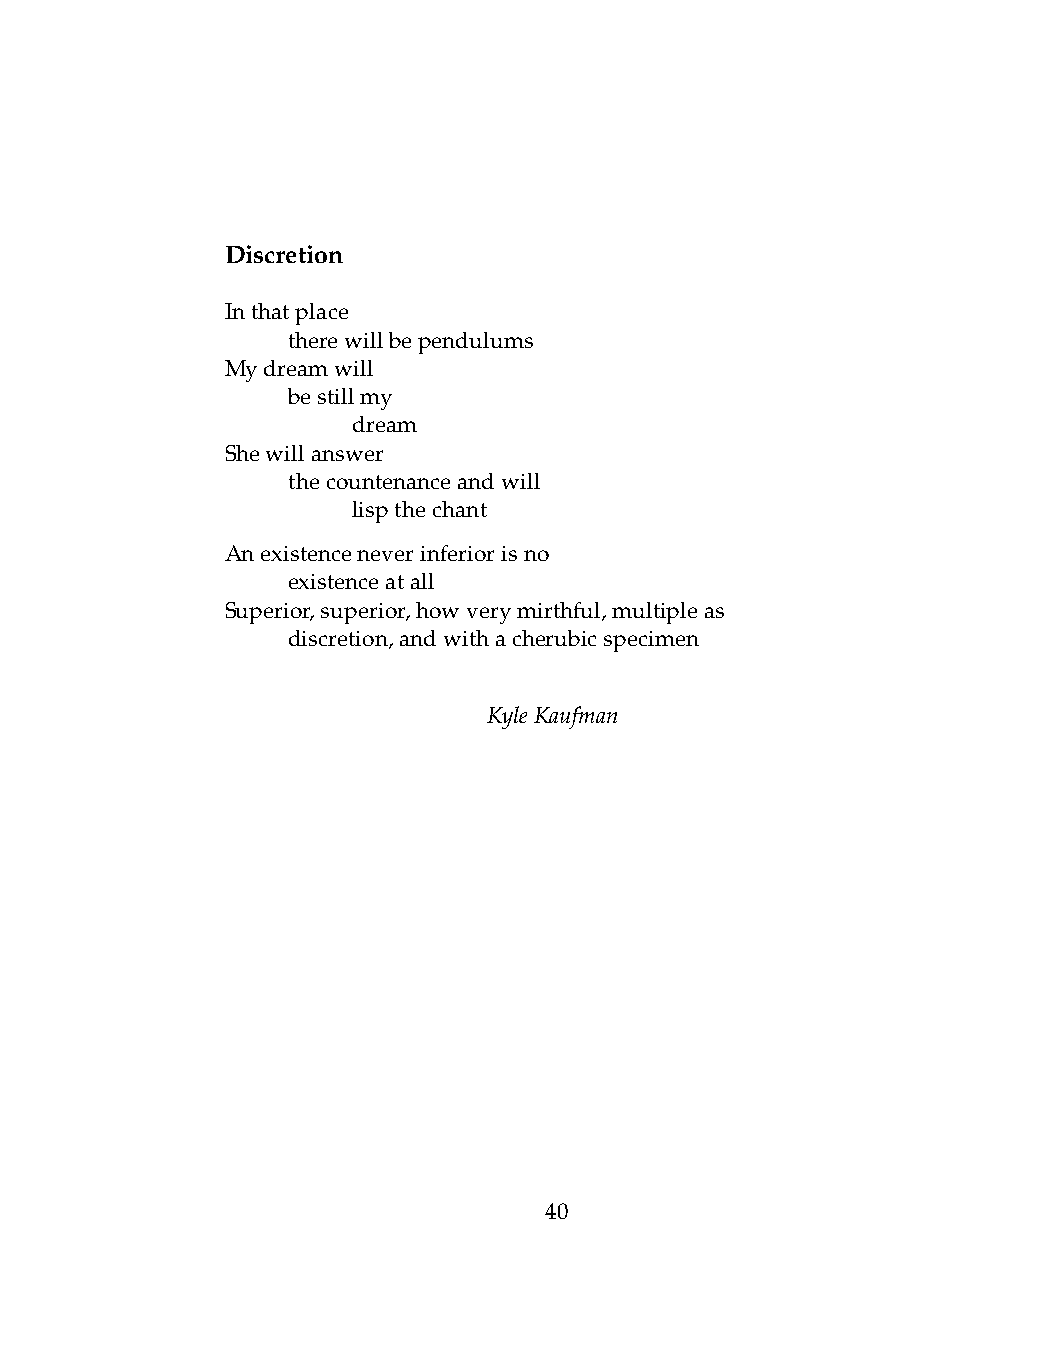
Discretion
 Inthatplace
 .   therewillbependulums
 Mydreamwill
 .   bestillmy
 .   .   dream
 Shewillanswer
 .   thecountenanceandwill
 .   .   lispthechant
 Anexistenceneverinferiorisno
 .   existenceatall
 Superior,superior,howverymirthful,multipleas
 .   discretion,andwithacherubicspecimen
 KyleKaufman
 40